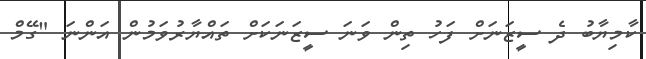
ކާމިޔާބު ދެ ސީޒަނަށް ފަހު ތިން ވަނަ ސީޒަނަކަށް ތައްޔާރުވަމުން އަންނަ "ގޭމް